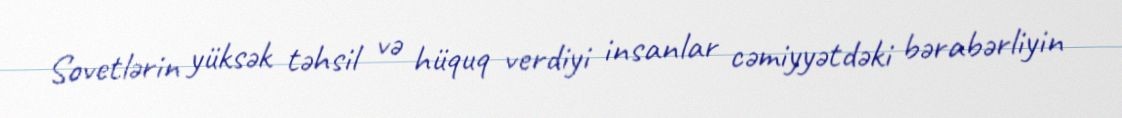
Sovetlərin yüksək təhsil və hüquq verdiyi insanlar cəmiyyətdəki bərabərliyin